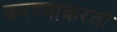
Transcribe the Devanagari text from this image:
करण्याकरतां